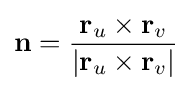
\mathbf {n} ={\frac {\mathbf {r} _{u}\times \mathbf {r} _{v}}{|\mathbf {r} _{u}\times \mathbf {r} _{v}|}}